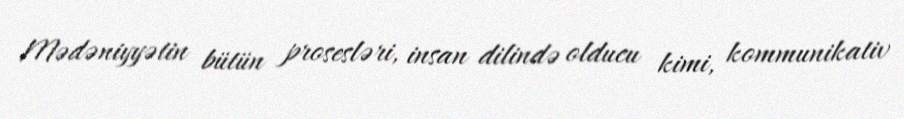
Mədəniyyətin bütün prosesləri, insan dilində olducu kimi, kommunikativ